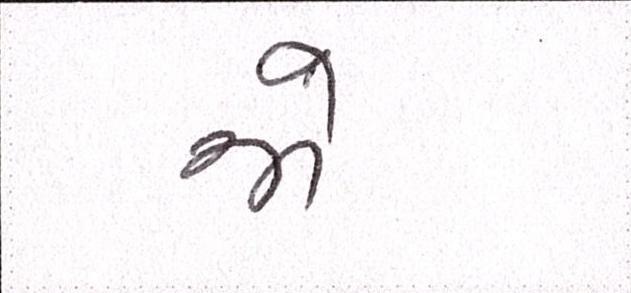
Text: જો